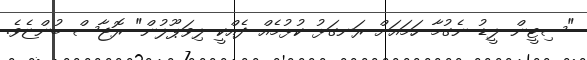
"ސިޓީން ލީޑު ނެގުމާ ހަމައަށް ރަނގަޅު ކުޅުމެއް ދެއްކީ ލިވަޕޫލުން" ރޮޖާސް ބުންޏެވެ.